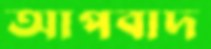
আপবাদ